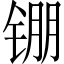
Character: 𬭖